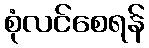
စုံလင်စေရန်